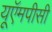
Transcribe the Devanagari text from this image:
यूऍमपीसी